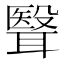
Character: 𮋺